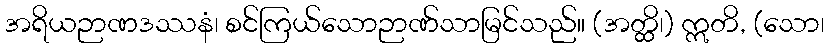
အရိယဉာဏဒဿနံ၊ စင်ကြယ်သောဉာဏ်သာမြင်သည်။ (အတ္ထိ၊) ဣတိ, (သော၊